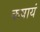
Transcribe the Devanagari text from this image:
कषायं